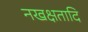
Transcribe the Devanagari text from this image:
नखक्षतादि